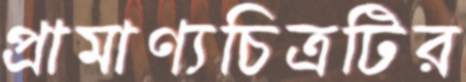
প্রামাণ্যচিত্রটির